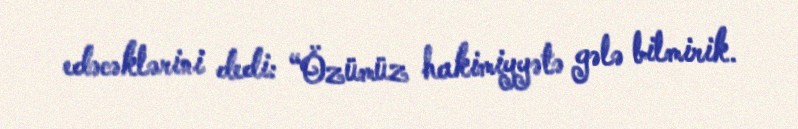
edəcəklərini dedi: “Özümüz hakimiyyətə gələ bilmirik.